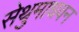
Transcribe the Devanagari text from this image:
सेथुमाधवन